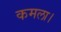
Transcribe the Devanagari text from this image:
कमला।